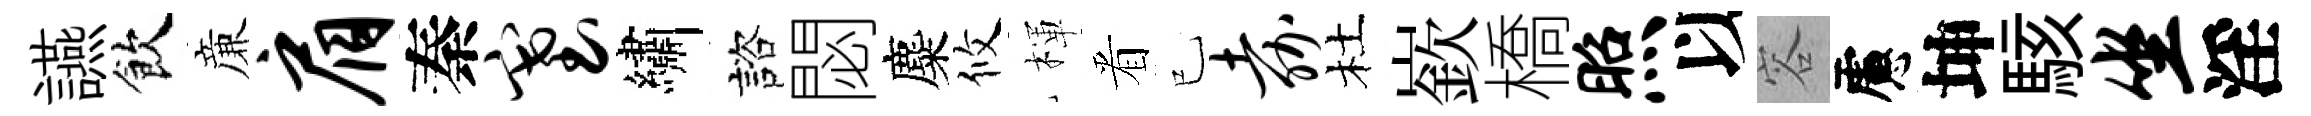
讌飲亷肩秦塞繡諮閟麋攸楎㸔已嘉杜嶔橋照以容慮坤駭坐淫